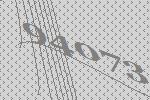
94073